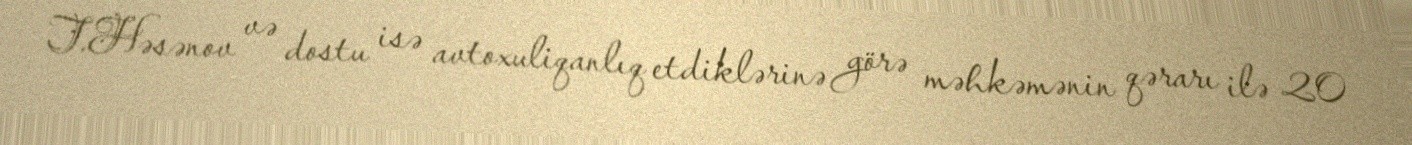
T.Həsənov və dostu isə avtoxuliqanlıq etdiklərinə görə məhkəmənin qərarı ilə 20